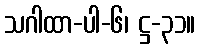
သဂါထာ-ပါ-၆၊ ဋ္ဌ-၃၁။